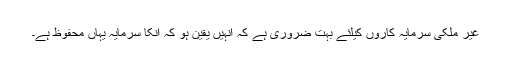
غیر ملکی سرمایہ کاروں کیلئے بہت ضروری ہے کہ انہیں یقین ہو کہ انکا سرمایہ یہاں محفوظ ہے۔